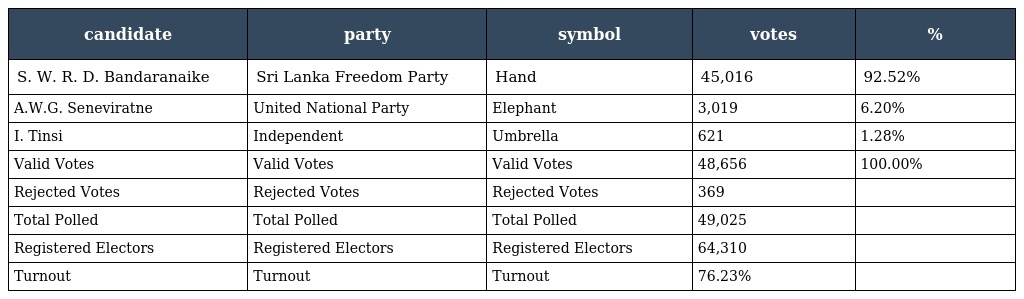
| candidate | party | symbol | votes | % |
 | --- | --- | --- | --- | --- |
 | S. W. R. D. Bandaranaike | Sri Lanka Freedom Party | Hand | 45,016 | 92.52% |
 | A.W.G. Seneviratne | United National Party | Elephant | 3,019 | 6.20% |
 | I. Tinsi | Independent | Umbrella | 621 | 1.28% |
 | Valid Votes | Valid Votes | Valid Votes | 48,656 | 100.00% |
 | Rejected Votes | Rejected Votes | Rejected Votes | 369 |  |
 | Total Polled | Total Polled | Total Polled | 49,025 |  |
 | Registered Electors | Registered Electors | Registered Electors | 64,310 |  |
 | Turnout | Turnout | Turnout | 76.23% |  |